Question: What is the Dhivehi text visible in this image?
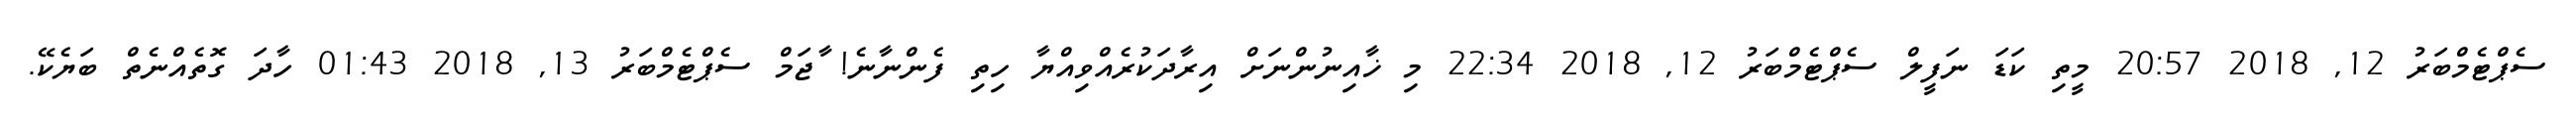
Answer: ސެޕްޓެމްބަރު 12, 2018 20:57 މީތި ކަޑަ ނަފީލް ސެޕްޓެމްބަރު 12, 2018 22:34 މި ޚާއިނުންނަށް އިރާދަކުރެއްވިއްޔާ ހިތި ފެންނާނެ! ާޖަމް ސެޕްޓެމްބަރު 13, 2018 01:43 ހާދަ ގޮތެއްނެތް ބަޔެކޭ.